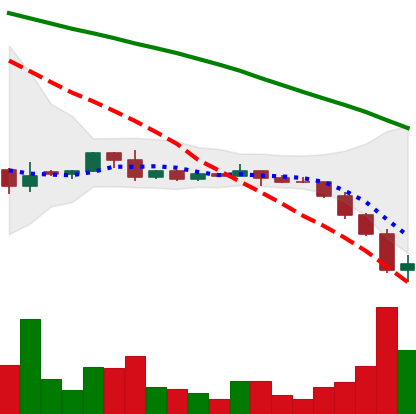
Ticker: DOGE-USD
Chart end date: 2022-06-14
Forward return: 8.642%
Label: up_7plus